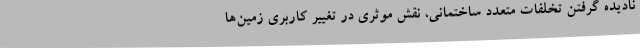
نادیده گرفتن تخلفات متعدد ساختمانی، نقش موثری در تغییر کاربری زمین‌ها